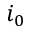
i _ { 0 }